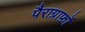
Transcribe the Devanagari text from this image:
पैराग्राफ़ों